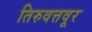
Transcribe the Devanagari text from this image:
तिरुवत्तवूर